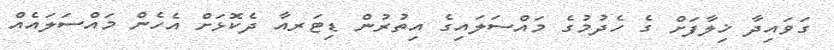
ގަވައިދާ ޚިލާފަށް ގެ ހެދުމުގެ މައްސަލައިގެ އިތުރުން ޑިޓަރއާ ދެކޮޅަށް އެހެން މައްސަލައެއް